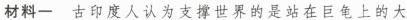
材料一 古印度人认为支撑世界的是站在巨龟上的大